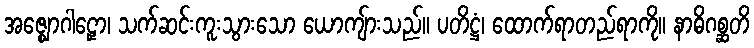
အဇ္ဈောဂါဠှော၊ သက်ဆင်းကူးသွားသော ယောကျ်ားသည်။ ပတိဋ္ဌံ၊ ထောက်ရာတည်ရာကို။ နာဓိဂစ္ဆတိ